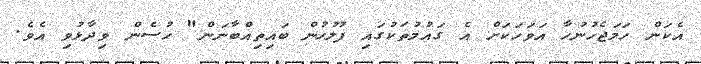
އެކަން ހަމަޖެހުނުހާ އަވަހަކަށް އެ ގައުމުތަކުގައި ފުލުހުން ބައިތިއްބާނަން" ހުސެން ވިދާޅުވި އެވެ.